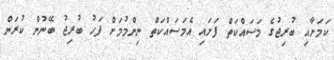
ކަމަށާއި ބުރިޖުގެ މަސައްކަތް ފަށައި އެމަސައްކަތް ނިންމުމަށް ފަހު ބުރިޖު ބޭނުން ކުރަން